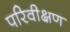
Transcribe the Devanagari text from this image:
परिवीक्षण